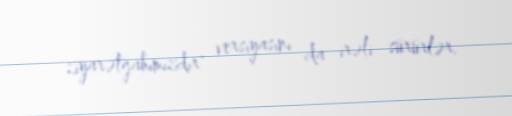
ziyarətgahımızdır" versiyasını da irəli sürürlər.